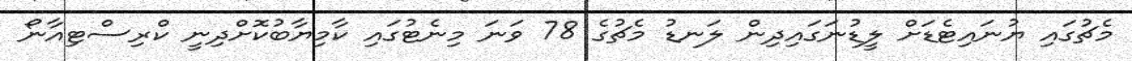
މެޗުގައި ޔުނައިޓެޑަށް ލީޑުނަގައިދިން ލަނޑު މެޗުގެ 78 ވަނަ މިނެޓުގައި ކާމިޔާބުކޮށްދިނީ ކްރިސްޓިއާނޯ